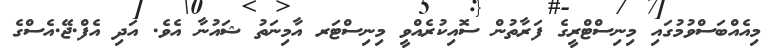
މިއެއްބަސްވުމުގައި މިނިސްޓްރީގެ ފަރާތުން ސޮއިކުރެއްވީ މިނިސްޓަރ އާމިނަތު ޝައުނާ އެވެ. އަދި އެފް.ޖޭ.އެސްގެ